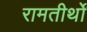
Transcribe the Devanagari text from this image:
रामतीर्थों